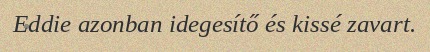
Eddie azonban idegesítő és kissé zavart.